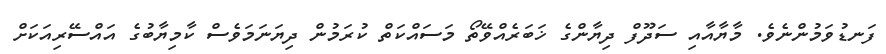
ފަނޑުވަމުންނެވެ. މާޔާއާއި ސަދޫފް ދިޔާންގެ ޚަބަރެއްވޭތޯ މަސައްކަތް ކުރަމުން ދިޔަނަމަވެސް ކާމިޔާބުގެ އައްސޭރިއަކަށް